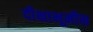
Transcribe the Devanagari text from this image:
दीक्षाभूमीस